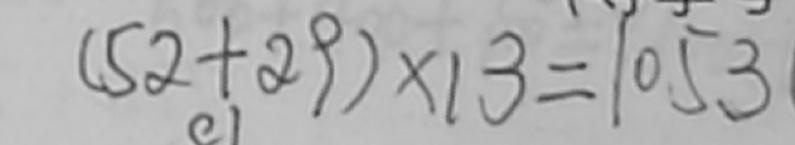
( 5 2 + 2 9 ) \times 1 3 = 1 0 . 5 3